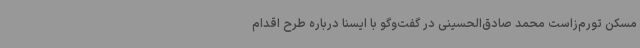
مسکن تورم‌زاست محمد صادق‌الحسینی در گفت‌وگو با ایسنا درباره طرح اقدام